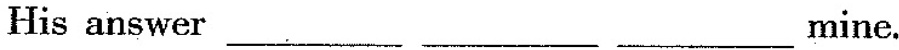
His answer___ ___ ___mine.